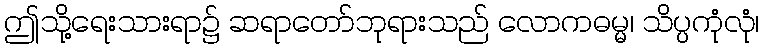
ဤသို့ရေးသားရာ၌ ဆရာတော်ဘုရားသည် လောကဓမ္မ၊ သိပ္ပကုံလုံ၊